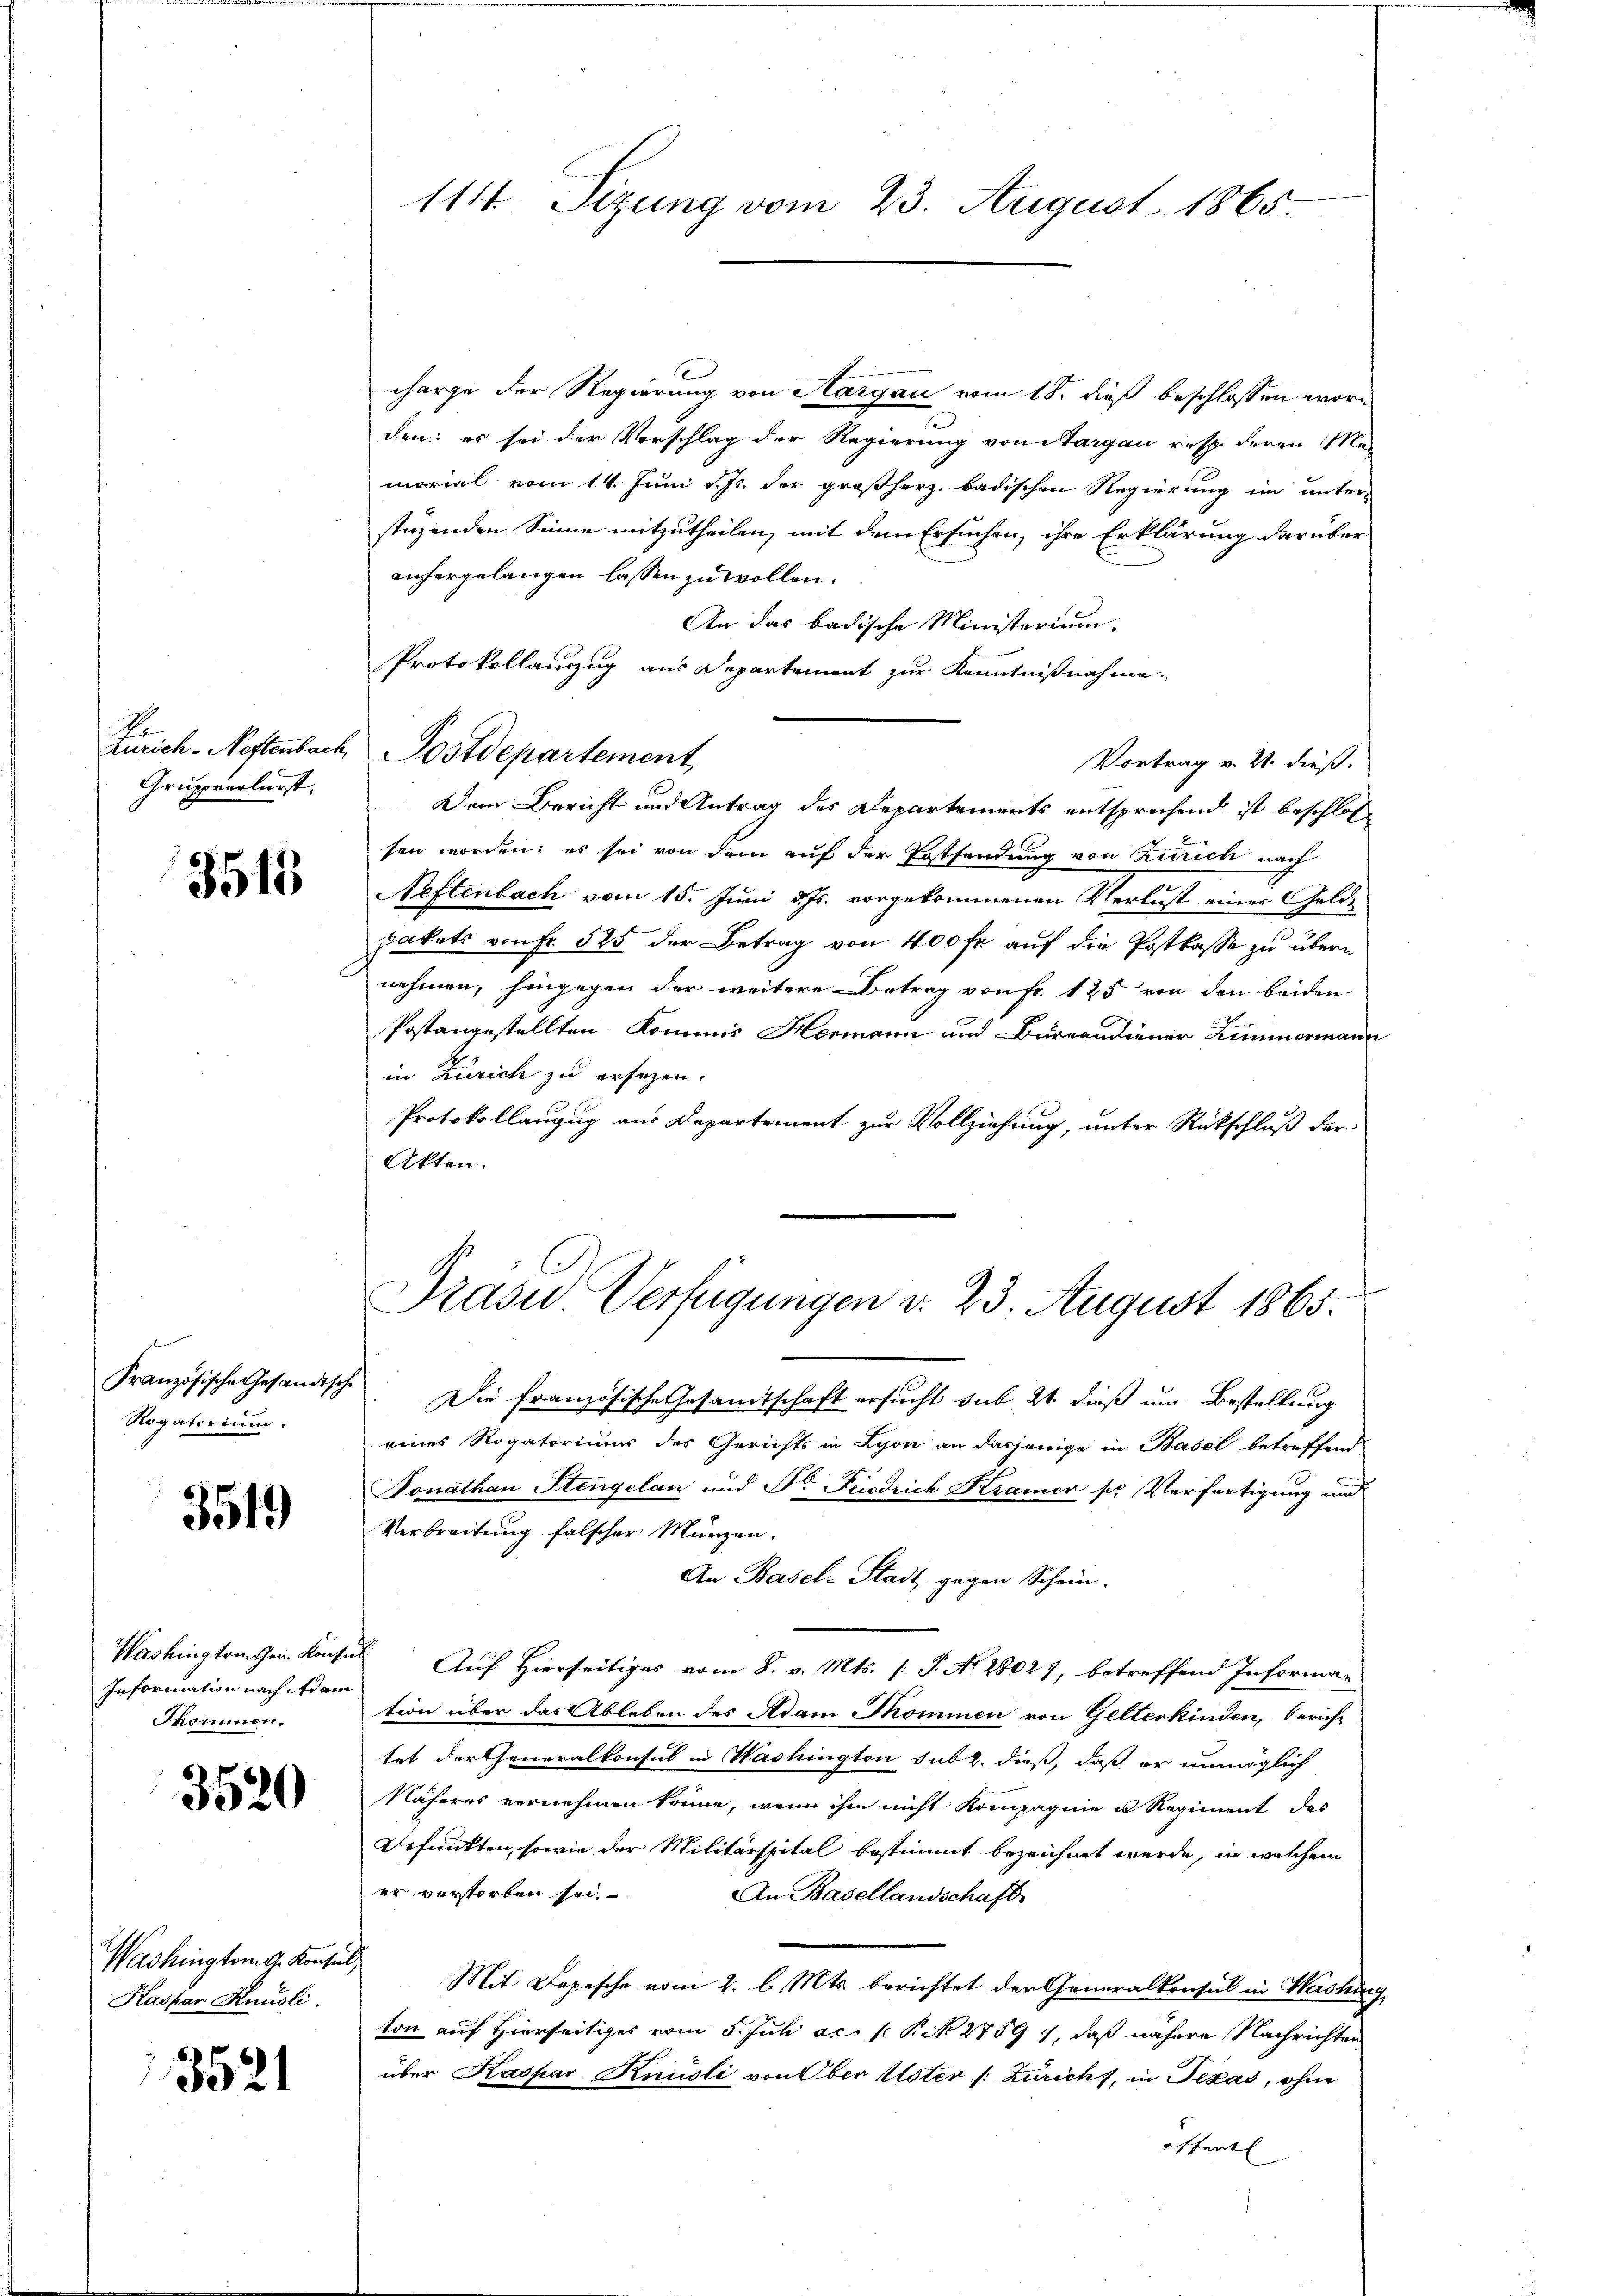
No
Zürich-Neftenbach
Gruppverlurst.

3515

Französische Gesandtsche
Rogatorium.

3519)

Information nach Adam
Skommen.

3520

Washingtom g. Konsul
Kaspar Knüsli.

3521

114. Sizung vom 23. August 1865

charge der Regierung von Aargau vom 18. dieß beschlossen worden: es sei der Vorschlag der Regierung von Aargau resp. deren Ma-
morial vom 14. Juni d. Js. der großherz. badischen Regierung im unter-
stüzenden Sinne mitzutheilen, mit dem Ersuchen, ihre Erklärung darüber
anhergelangen lassen zu wollen.
An das badische Ministerium.
Protokollanzug aus Departement zur Kenntnißnahme.
Postdepartement
Vortrag v. 21. dieß.
Dem Bericht und Antrag des Departements entsprechend ist beschlos
sen worden: es sei von dem auf der Erstsendung von Zürich nach
Neftenbach vom 15. Juni d. Js. vorgekommenen Verlust eines Gelde
pakets von Fr. 525 der Betrag von 400 fr auf die Postkasse zu übern
nehmen, hingegen der weitere Betrag von Fr. 125 von den beiden
Postangestellten Kommis Hermann und Burcandiener Zimmermann
in Zürich zu ersezen.
Protokollanzug aus Departement zur Vollziehung, unter Rückschluß der
Akten.

Präsid. Verfügungen d. 23. August 1865.

Die französische Gesandtschaft ersucht sub 21. dieß um Bestellung
eines Rogatoriuum des Gerichts in Lyon an dasjenige in Basel betreffend
Donathan Stengelan und Dr. Friedrich Kramer sr. Verfertigung und
Verbreitung falscher Münzen.
An Basel-Stadt gegen Schein-
Washingtonen Konsus Auf Hierseitiges vom 8. v. Mts. (T. No 2802), betreffend Informa-
tion über das Ableben des Adam Thommen von Gelterkinden, berichtet der Generalkonsul in Washington sub 2. dieß, daß er unmöglich
Näheres vernehmen könne, wenn ihm nicht Kompagnie u Regiment des
Befunkten, sowie der Militärspital bestimmt bezeichnet werde, in welchem
er verstorben sei.
An Basellandschaft
Mit Depesche vom 2. l. Mts. berichtet der Generalkonsul in Washing
ton auf Hierseitiges vom 5. Juli ac. p. P. N. 2759), daß nähere Nachrichten
über Kaspar Knüsli von Ober Uster /: Züricht, in Texas, ohne
öffentl